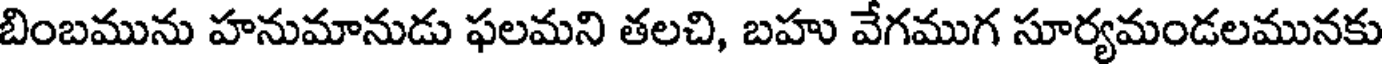
బింబమును హనుమానుడు ఫలమని తలచి, బహు వేగముగ సూర్యమండలమునకు